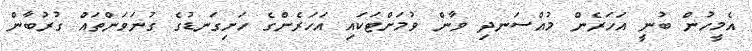
އެމީހުން ބުނީ އަހަރެން މުއްސަނދި ވާން ވުމަށްޓަކައި އަހަރެންގެ ހަށިގަނޑުގެ ގުނަވަންތައް ގުރުބާން